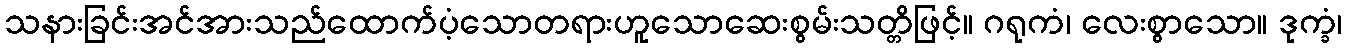
သနားခြင်းအင်အားသည်ထောက်ပံ့သောတရားဟူသောဆေးစွမ်းသတ္တိဖြင့်။ ဂရုကံ၊ လေးစွာသော။ ဒုက္ခံ၊